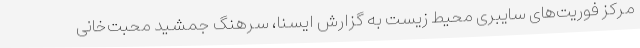
مرکز فوریت‌های سایبری محیط زیست به گزارش ایسنا، سرهنگ جمشید محبت‌خانی